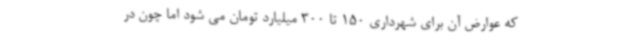
که عوارض آن برای شهرداری 150 تا 300 میلیارد تومان می شود اما چون در